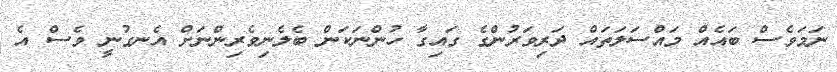
ނަމަވެސް ބައެއް މައްސަލަތައް ދަރިވަރުންގެ ގައިގާ ހުންނަކަން ބެލެނިވެރިންނަށް އެނގުނީ ވެސް އެ